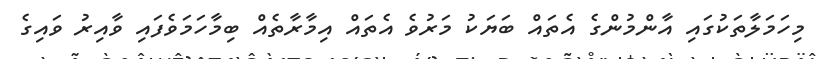
މިހަމަލާތަކުގައި އާންމުންގެ އެތައް ބަޔަކު މަރުވެ އެތައް އިމާރާތެއް ބިމާހަމަވެފައި ވާއިރު ވައިގެ